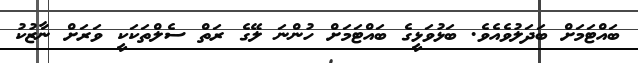
ބައްޓަމަށް ބަދަލުވެއެވެ. ބަޅުވަޅީގެ ބައްޓަމަށް ހުންނަ ލޭގެ ރަތް ސެލްތަކަކީ ވަރަށް ނާޒުކު